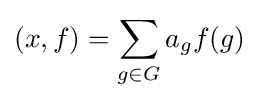
(x,f)=\sum _{g\in G}a_{g}f(g)